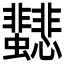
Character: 𩈂